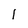
Character: 1